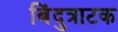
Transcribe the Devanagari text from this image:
बिंदुत्राटक